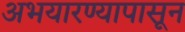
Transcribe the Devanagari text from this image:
अभयारण्यापासून